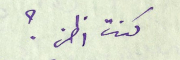
كنت اظن ؟